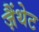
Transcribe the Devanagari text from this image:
ज़ैंथेट